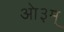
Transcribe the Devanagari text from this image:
आे३म्